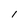
Character: l